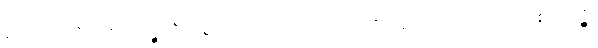
ဟောဟိသိ၊ ဖြစ်လတ္တံ့။ ဝီတရာဂေါ၊ ကင်းသောရာဂရှိသည်။ ဟောဟိသိ၊ ဖြစ်လတ္တံ့။